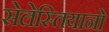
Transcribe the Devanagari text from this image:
सेलेस्तियानो